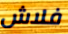
فلاش